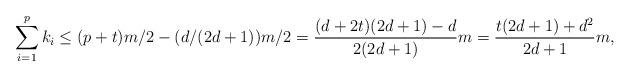
LaTeX: \begin{align*}\sum_{i=1}^p k_i\leq (p+t)m/2-(d/(2d+1))m/2=\frac{(d+2t)(2d+1)-d}{2(2d+1)}m=\frac{t(2d+1)+d^2}{2d+1}m,\end{align*}